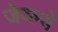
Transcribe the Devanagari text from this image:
जेव्ल्ये